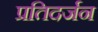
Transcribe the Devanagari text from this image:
प्रतिदर्जन